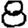
Digit: 8